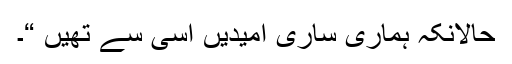
حالانکہ ہماری ساری امیدیں اسی سے تھیں “۔